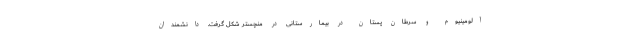
آلومینیوم و سرطان پستان در بیمارستانی در منچستر شکل گرفت. دانشمندان